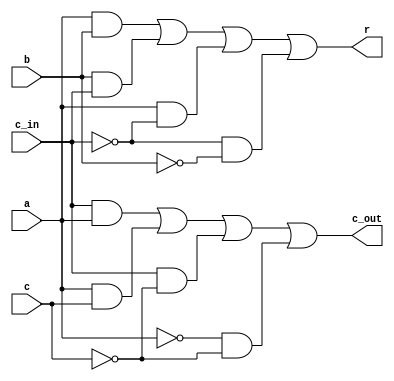
module one_bit_adder (
    input a, b, c, c_in, output r, c_out 
);  
    
    assign c_out = (c_in & a ) | (a & c) | (c_in & ~c) | (~a & ~c);
    assign r = (a & b) | (b & c_in) | (a & ~c_in) | (~c_in & ~b);
    
endmodule
module eight_bit_adder(
    input wire [7:0] a, b, c,  input wire [1:0] opcode,
    output wire [7:0] r, output wire c_out
     // opcode 00 implies a+b+c opcode 10 implies -a+b+c opcode 01 implies a-b+c opcode 11 implies a+b-c
);
    wire [7:0] d;
    
        
            one_bit_adder adder0 (a[0]^(opcode[0] & ~opcode[1]), b[0]^(~opcode[0] & opcode[1]), c[0]^(opcode[0] & opcode[1]), opcode[0] | opcode[1], r[0], d[0]);
            one_bit_adder adder1 (a[1]^(opcode[0] & ~opcode[1]), b[1]^(~opcode[0] & opcode[1]), c[1]^(opcode[0] & opcode[1]), d[0], r[1], d[1]);
            one_bit_adder adder2 (a[2]^(opcode[0] & ~opcode[1]), b[2]^(~opcode[0] & opcode[1]), c[2]^(opcode[0] & opcode[1]), d[1], r[2], d[2]);
            one_bit_adder adder3 (a[3]^(opcode[0] & ~opcode[1]), b[3]^(~opcode[0] & opcode[1]), c[3]^(opcode[0] & opcode[1]), d[2], r[3], d[3]);
            one_bit_adder adder4 (a[4]^(opcode[0] & ~opcode[1]), b[4]^(~opcode[0] & opcode[1]), c[4]^(opcode[0] & opcode[1]), d[3], r[4], d[4]);
            one_bit_adder adder5 (a[5]^(opcode[0] & ~opcode[1]), b[5]^(~opcode[0] & opcode[1]), c[5]^(opcode[0] & opcode[1]), d[4], r[5], d[5]);
            one_bit_adder adder6 (a[6]^(opcode[0] & ~opcode[1]), b[6]^(~opcode[0] & opcode[1]), c[6]^(opcode[0] & opcode[1]), d[5], r[6], d[6]);
            one_bit_adder adder7 (a[7]^(opcode[0] & ~opcode[1]), b[7]^(~opcode[0] & opcode[1]), c[7]^(opcode[0] & opcode[1]), d[6], r[7], d[7]);
            assign c_out = d[7];
            
        
    
     


endmodule